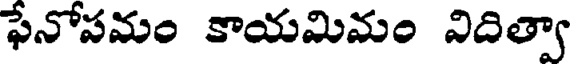
ఫేనోపమం కాయమిమం విదిత్వా